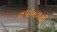
તપૉબળથી